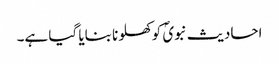
احادیث نبویؐ کو کھلونا بنایا گیا ہے۔